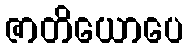
ဇာတိယောပေ